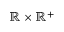
\mathbb { R } \times \mathbb { R } ^ { + }